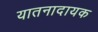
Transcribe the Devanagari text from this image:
यातनादायक